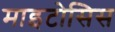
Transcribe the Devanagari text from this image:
माइटोसिस